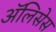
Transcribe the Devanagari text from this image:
ॲलिसेस